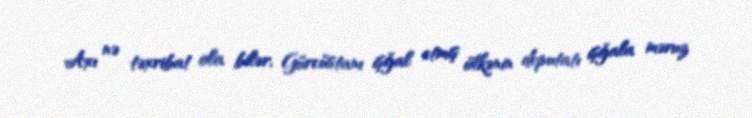
Axı nə təxribat ola bilər, Gürcüstanı işğal etmiş ölkənin deputatı işğala məruz